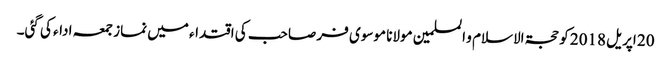
20 اپریل 2018 کو حجۃ الاسلام و المسلمین مولانا موسوی فر صاحب کی اقتداء میں نماز جمعہ ادا‏ء کی گئی۔